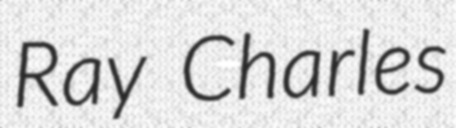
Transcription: Ray Charles